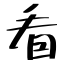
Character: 看